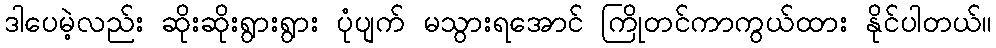
ဒါပေမဲ့လည်း ဆိုးဆိုးရွားရွား ပုံပျက် မသွားရအောင် ကြိုတင်ကာကွယ်ထား နိုင်ပါတယ်။